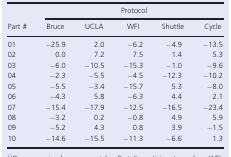
| <ROWSPAN=3> Part # | <COLSPAN=5> Protocol |
 | Bruce | UCLA | WFI | Shuttle | Cycle |
 | --- | --- | --- | --- | --- | --- |
 | 01 | −25.9 | 2.0 | −6.2 | −4.9 | −13.5 |
 | 02 | 0.0 | 7.2 | 7.5 | 1.4 | 5.3 |
 | 03 | −6.0 | −10.5 | −15.3 | −1.0 | −9.6 |
 | 04 | −2.3 | −5.5 | −4.5 | −12.3 | −10.2 |
 | 05 | −5.5 | −3.4 | −15.7 | 5.3 | −8.0 |
 | 06 | −4.3 | 5.8 | −6.3 | 4.4 | 2.1 |
 | 07 | −15.4 | −17.9 | −12.5 | −16.5 | −23.4 |
 | 08 | −3.2 | 0.2 | −0.8 | 4.9 | 5.9 |
 | 09 | −5.2 | 4.3 | 0.8 | 3.9 | −1.5 |
 | 10 | −14.6 | −15.5 | −11.3 | −6.6 | 1.3 |